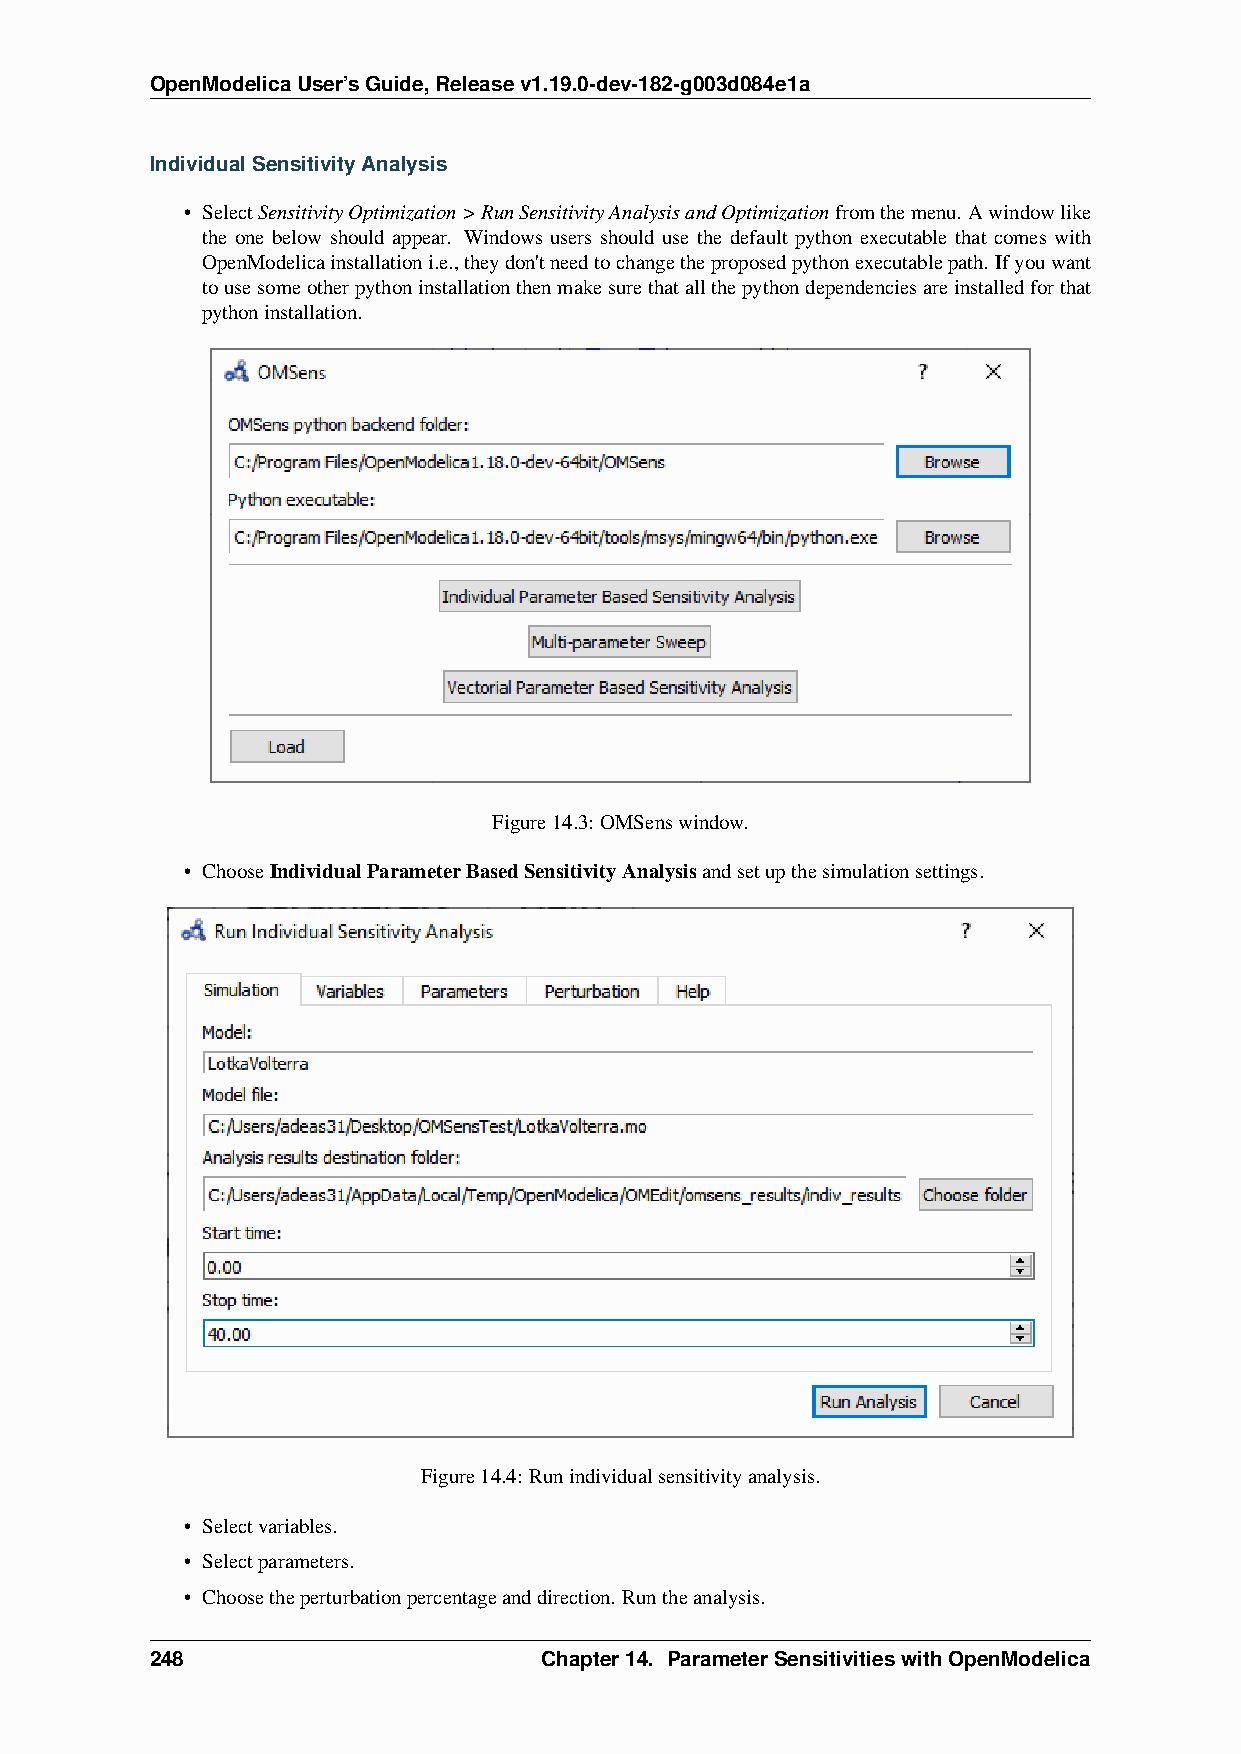
OpenModelicaUser’sGuide,Releasev1.19.0-dev-182-g003d084e1a
 IndividualSensitivityAnalysis
 • SelectSensitivityOptimization>RunSensitivityAnalysisandOptimizationfromthemenu. Awindowlike
 the one below should appear. Windows users should use the default python executable that comes with
 OpenModelicainstallationi.e.,theydon'tneedtochangetheproposedpythonexecutablepath. Ifyouwant
 tousesomeotherpythoninstallationthenmakesurethatallthepythondependenciesareinstalledforthat
 pythoninstallation.
 Figure14.3: OMSenswindow.
 • ChooseIndividualParameterBasedSensitivityAnalysisandsetupthesimulationsettings.
 Figure14.4: Runindividualsensitivityanalysis.
 • Selectvariables.
 • Selectparameters.
 • Choosetheperturbationpercentageanddirection. Runtheanalysis.
 248                       Chapter14. ParameterSensitivitieswithOpenModelica